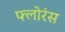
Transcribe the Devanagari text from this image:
फ्लोरंस